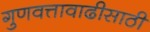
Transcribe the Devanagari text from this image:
गुणवत्तावाढीसाठी